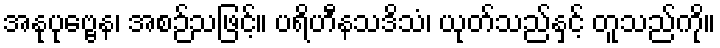
အနုပုဗ္ဗေန၊ အစဉ်သဖြင့်။ ပရိဟီနသဒိသံ၊ ယုတ်သည်နှင့် တူသည်ကို။